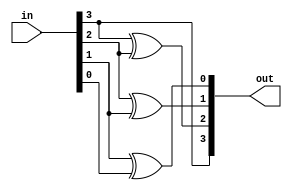
module b2g_des(in, out);

input [3:0] in;
output wire [3:0] out;

assign out[3] = in[3] ;
assign out[2] = in[3] ^ in[2];
assign out[1] = in[2] ^ in[1];
assign out[0] = in[1] ^ in[0];

endmodule